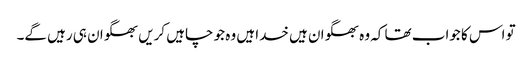
تو اس کا جواب تھا کہ وہ بھگوان ہیں خدا ہیں وہ جو چاہیں کریں بھگوان ہی رہیں گے۔